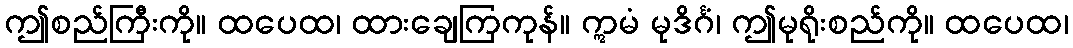
ဤစည်ကြီးကို။ ထပေထ၊ ထားချေကြကုန်။ ဣမံ မုဒိင်္ဂံ၊ ဤမုရိုးစည်ကို။ ထပေထ၊